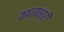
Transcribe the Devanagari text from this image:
कषायधारी